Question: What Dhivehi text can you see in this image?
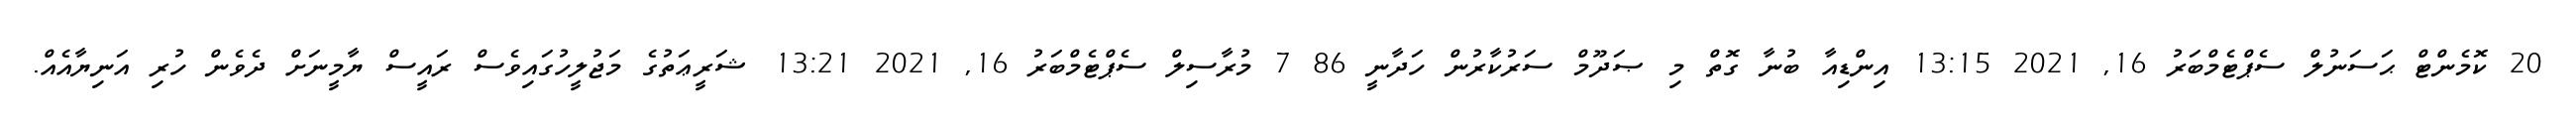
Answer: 20 ކޮމެންޓް ޙަސަނުލް ސެޕްޓެމްބަރު 16, 2021 13:15 އިންޑިއާ ބުނާ ގޮތް މި ޞަދޫމް ސަރުކާރުން ހަދާނީ 86 7 މުރާސިލް ސެޕްޓެމްބަރު 16, 2021 13:21 ޝަރީޢަތުގެ މަޖުލީހުގައިވެސް ރައީސް ޔާމީނަށް ދެވެން ހުރި އަނިޔާއެއް.